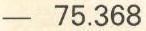
- 75.368